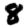
Digit: 8